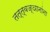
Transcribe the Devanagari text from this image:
तत्त्वज्ञानांना